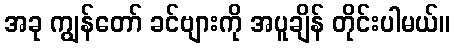
အခု ကျွန်တော် ခင်ဗျားကို အပူချိန် တိုင်းပါမယ်။